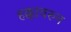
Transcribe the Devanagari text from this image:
हक्कावरुन